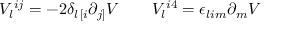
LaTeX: V _ { l } { } ^ { i j } = - 2 \delta _ { l \, [ i } \partial _ { j ] } { \cal V } \qquad V _ { l } { } ^ { i 4 } = \epsilon _ { l i m } \partial _ { m } { \cal V }